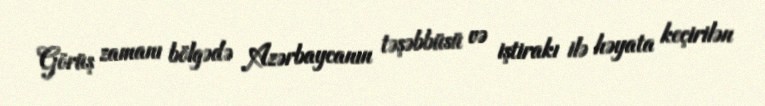
Görüş zamanı bölgədə Azərbaycanın təşəbbüsü və iştirakı ilə həyata keçirilən